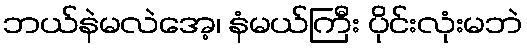
ဘယ်နဲမလဲအေ့၊ နံမယ်ကြီး ပိုင်းလုံးမဘဲ